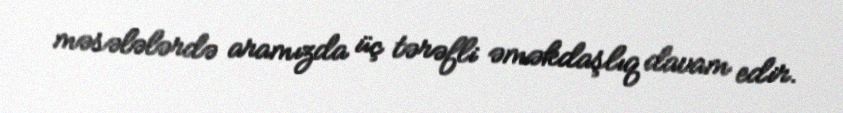
məsələlərdə aramızda üç tərəfli əməkdaşlıq davam edir.